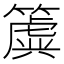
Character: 簴